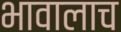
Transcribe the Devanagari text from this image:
भावालाच